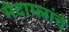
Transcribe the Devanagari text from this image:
मेदाम्लांचे